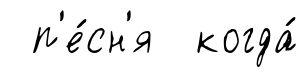
п'е́сн'я когда́